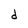
Character: d